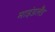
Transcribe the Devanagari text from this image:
माइंडलैंड